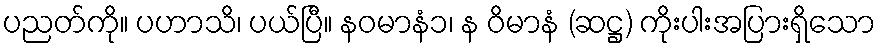
ပညတ်ကို။ ပဟာသိ၊ ပယ်ပြီ။ နဝမာနံ၁၊ န ဝိမာနံ (ဆဋ္ဌ) ကိုးပါးအပြားရှိသော